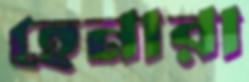
হেনারা